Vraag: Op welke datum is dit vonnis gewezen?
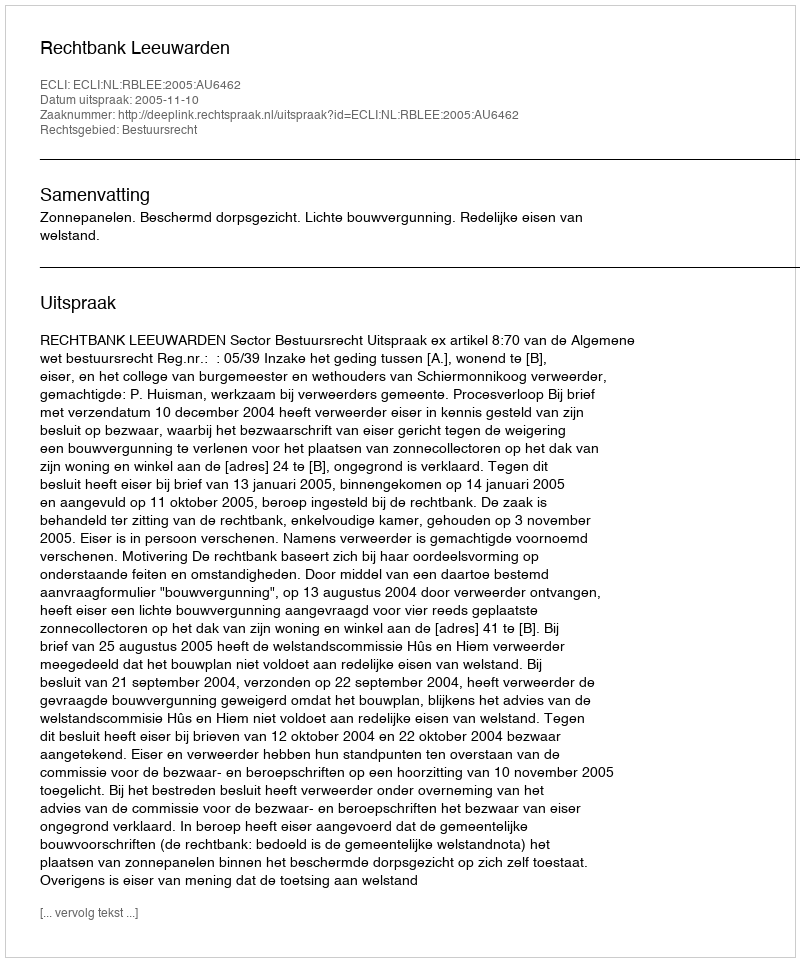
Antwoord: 2005-11-10